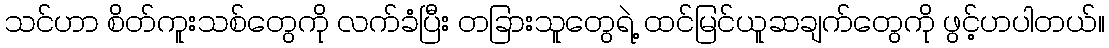
သင်ဟာ စိတ်ကူးသစ်တွေကို လက်ခံပြီး တခြားသူတွေရဲ့ ထင်မြင်ယူဆချက်တွေကို ဖွင့်ဟပါတယ်။